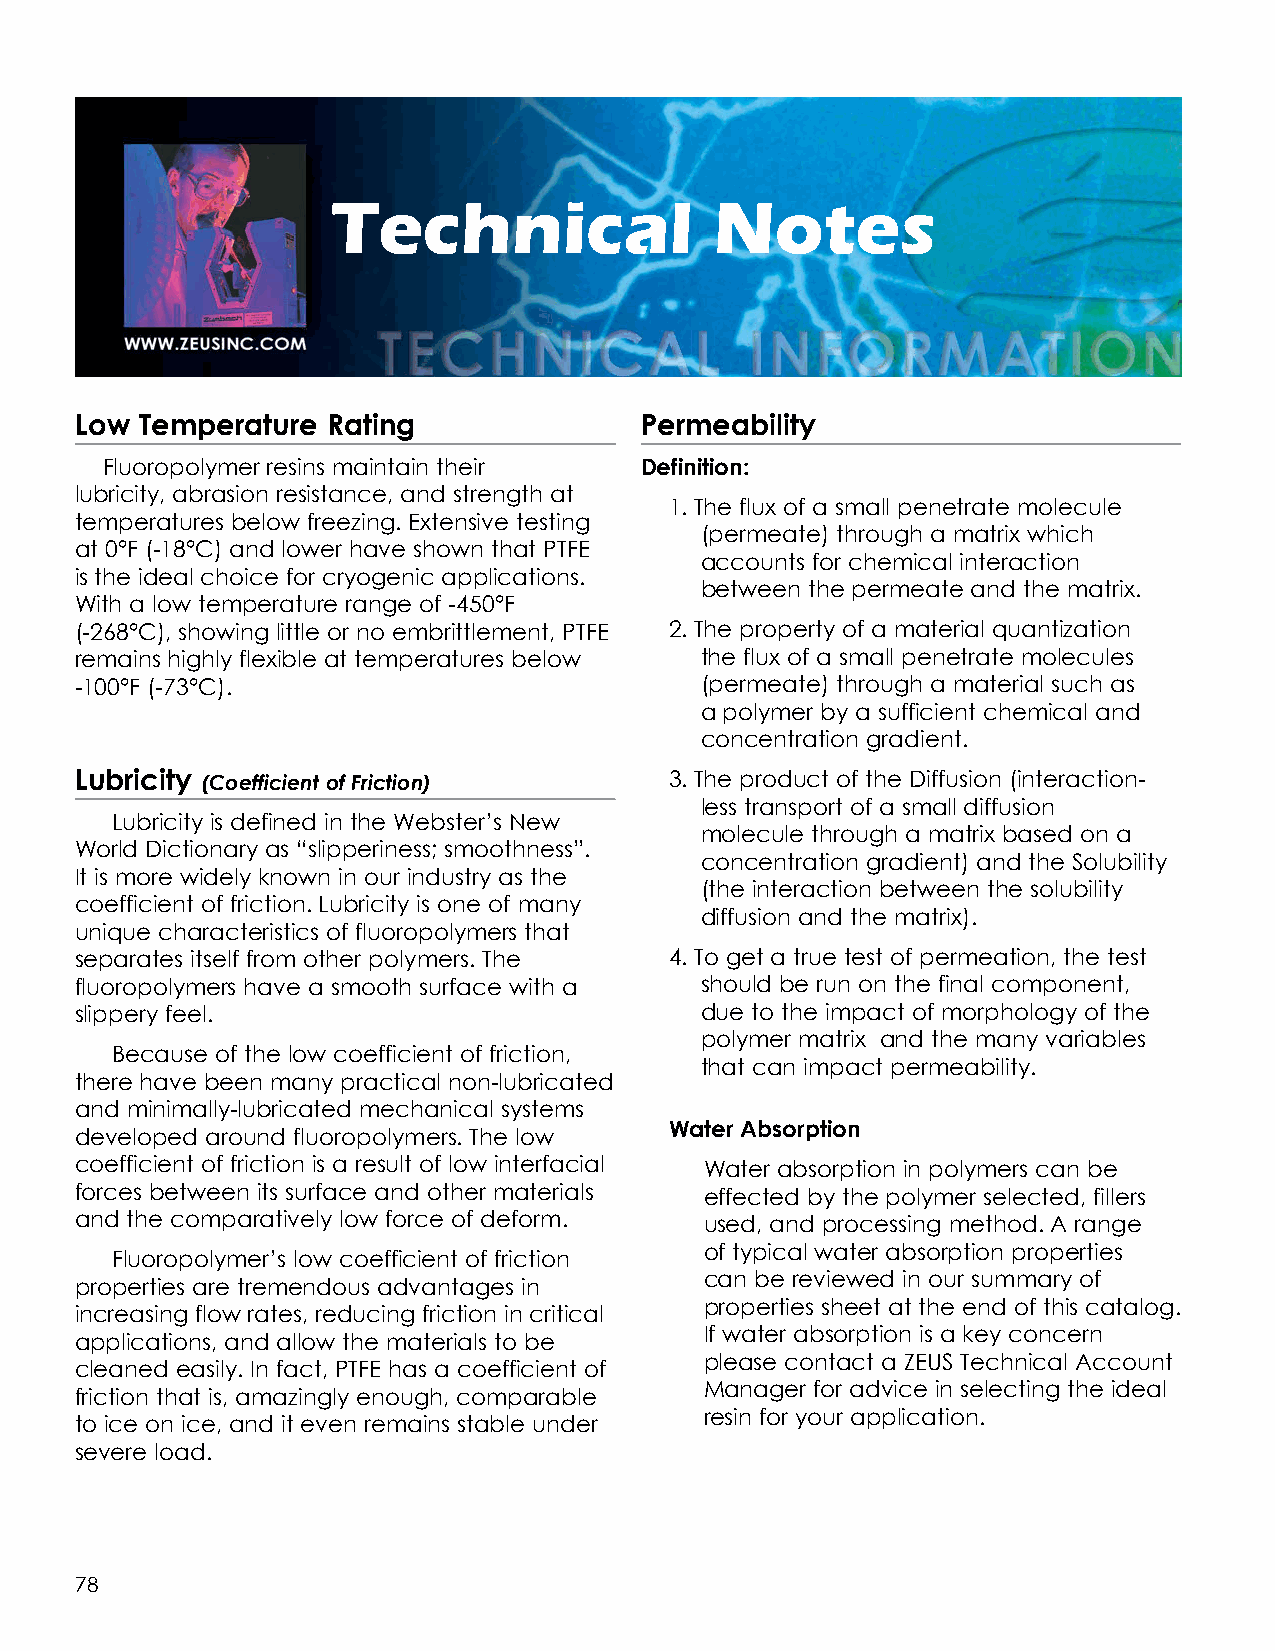
Technical                Notes
 Low Temperature  Rating              Permeability
 Fluoropolymer resins maintain their Definition:
 lubricity, abrasion resistance, and strength at
 1. The flux of a small penetrate molecule
 temperatures below freezing. Extensive testing
 (permeate) through a matrix which
 at 0°F (-18°C) and lower have shown that PTFE
 accounts for chemical interaction
 is the ideal choice for cryogenic applications.
 between the permeate and the matrix.
 With a low temperature range of -450°F
 (-268°C), showing little or no embrittlement, PTFE 2. The property of a material quantization
 remains highly flexible at temperatures below the flux of a small penetrate molecules
 -100°F (-73°C).                          (permeate) through a material such as
 a polymer by a sufficient chemical and
 concentration gradient.
 Lubricity (Coefficient of Friction)    3. The product of the Diffusion (interaction-
 less transport of a small diffusion
 Lubricity is defined in the Webster’s New
 molecule through a matrix based on a
 World Dictionary as “slipperiness; smoothness”.
 concentration gradient) and the Solubility
 It is more widely known in our industry as the
 (the interaction between the solubility
 coefficient of friction. Lubricity is one of many
 diffusion and the matrix).
 unique characteristics of fluoropolymers that
 separates itself from other polymers. The 4. To get a true test of permeation, the test
 fluoropolymers have a smooth surface with a should be run on the final component,
 slippery feel.                           due to the impact of morphology of the
 polymer matrix and the many variables
 Because of the low coefficient of friction,
 that can impact permeability.
 there have been many practical non-lubricated
 and minimally-lubricated mechanical systems
 Water Absorption
 developed around fluoropolymers. The low
 coefficient of friction is a result of low interfacial Water absorption in polymers can be
 forces between its surface and other materials effected by the polymer selected, fillers
 and the comparatively low force of deform. used, and processing method. A range
 of typical water absorption properties
 Fluoropolymer’s low coefficient of friction
 can be reviewed in our summary of
 properties are tremendous advantages in
 properties sheet at the end of this catalog.
 increasing flow rates, reducing friction in critical
 If water absorption is a key concern
 applications, and allow the materials to be
 please contact a ZEUS Technical Account
 cleaned easily. In fact, PTFE has a coefficient of
 Manager for advice in selecting the ideal
 friction that is, amazingly enough, comparable
 resin for your application.
 to ice on ice, and it even remains stable under
 severe load.
 78